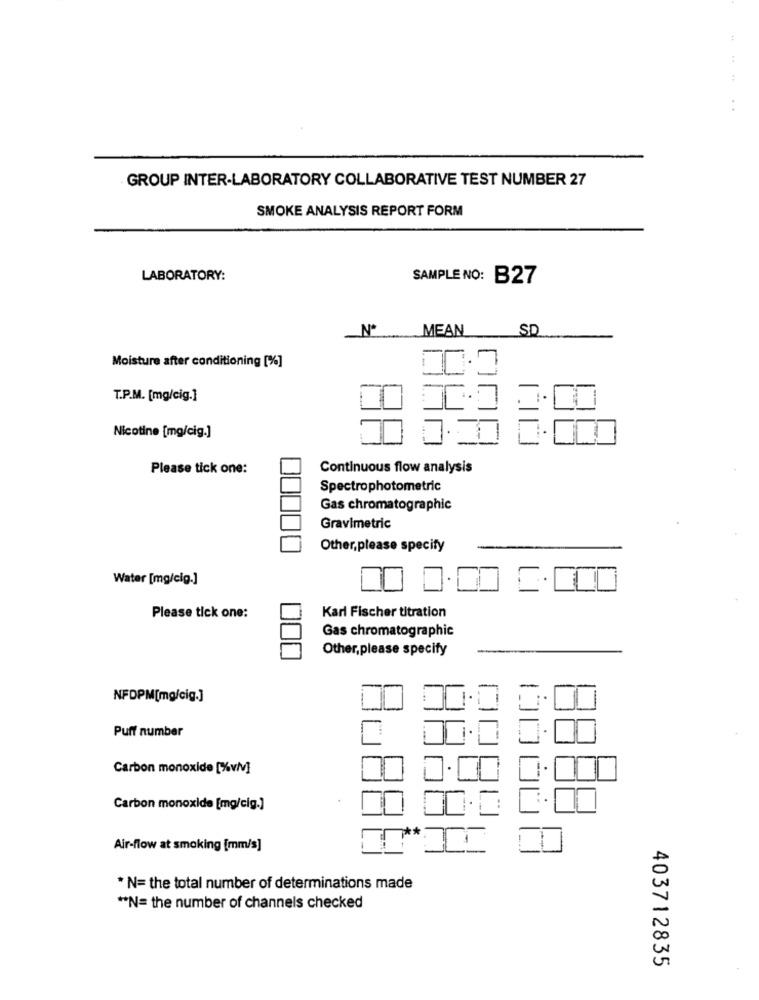
:
GROUP INTER-LABORATORY COLLABORATIVE TEST NUMBER 27
SMOKE ANALYSIS REPORT FORM
LABORATORY:
SAMPLE NO: B27
Nº
MEAN
SD
Moisture after conditioning [%]
T.P.M. [mg/cig.]
Nicotine [mg/cig.]
Please tick one:
Continuous flow analysis
Spectrophotometric
Gas chromatographic
Gravimetric
Other,please specify
Water [mg/cig.]
Please tick one:
Karl Fischer titration
Gas chromatographic
Other,please specify
-
NFDPM[mg/cig.]
Puff number
Carbon monoxide [%v/v]
Carbon monoxide [mg/cig.]
Air-flow at smoking [mm/s]
* N= the total number of determinations made
** N= the number of channels checked
403712835